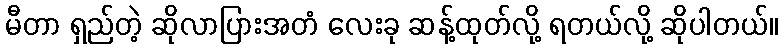
မီတာ ရှည်တဲ့ ဆိုလာပြားအတံ လေးခု ဆန့်ထုတ်လို့ ရတယ်လို့ ဆိုပါတယ်။